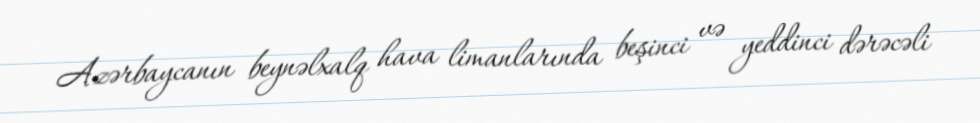
Azərbaycanın beynəlxalq hava limanlarında beşinci və yeddinci dərəcəli